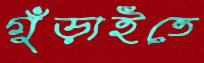
গুঁড়াইতে